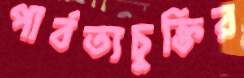
পার্বত্যচুক্তির